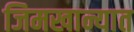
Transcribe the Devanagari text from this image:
जिमखान्यात